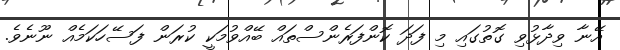
އޭނާ ވިދާޅުވި ގޮތުގައި މި ފަދަ ކޮންފަރެންސްތައް ބޭއްވުމަކީ ކުރަން ފަސޭހަކަމެއް ނޫނެވެ.